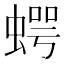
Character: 𧍞